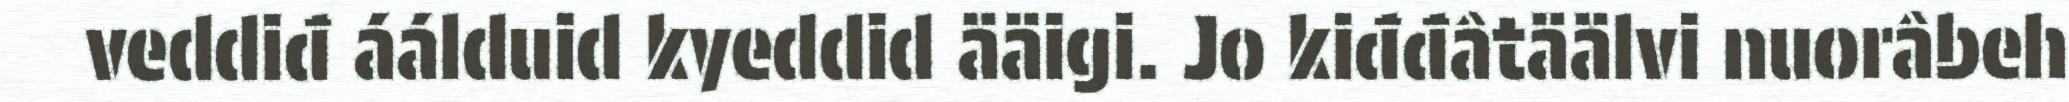
veddiđ áálduid kyeddid ääigi. Jo kiđđâtäälvi nuorâbeh